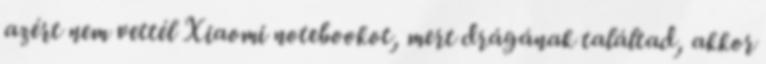
azért nem vettél Xiaomi notebookot, mert drágának találtad, akkor